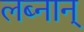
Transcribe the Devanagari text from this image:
लब्नान्